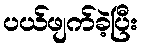
ပယ်ဖျက်ခဲ့ပြီး